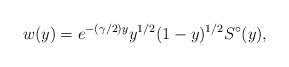
LaTeX: \begin{align*}w(y) = e^{-(\gamma/2)y}y^{1/2}(1-y)^{1/2}S^\circ(y),\end{align*}